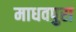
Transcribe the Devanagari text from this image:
माधवपुरा